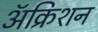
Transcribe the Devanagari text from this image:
ॲक्रिशन